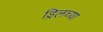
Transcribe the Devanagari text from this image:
ड्रिलच्या